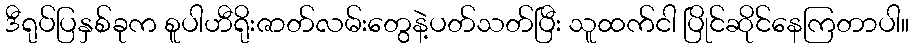
ဒီရုပ်ပြနှစ်ခုက စူပါဟီရိုးဇာတ်လမ်းတွေနဲ့ပတ်သတ်ပြီး သူထက်ငါ ပြိုင်ဆိုင်နေကြတာပါ။